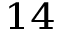
^ { 1 4 }